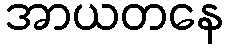
အာယတနေ